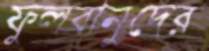
ফুলবানুদের